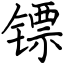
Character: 镖